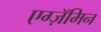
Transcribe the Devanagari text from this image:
एग्ज़ॅमिन